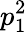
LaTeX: p_{1}^{2}